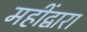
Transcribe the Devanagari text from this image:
महींद्वारा